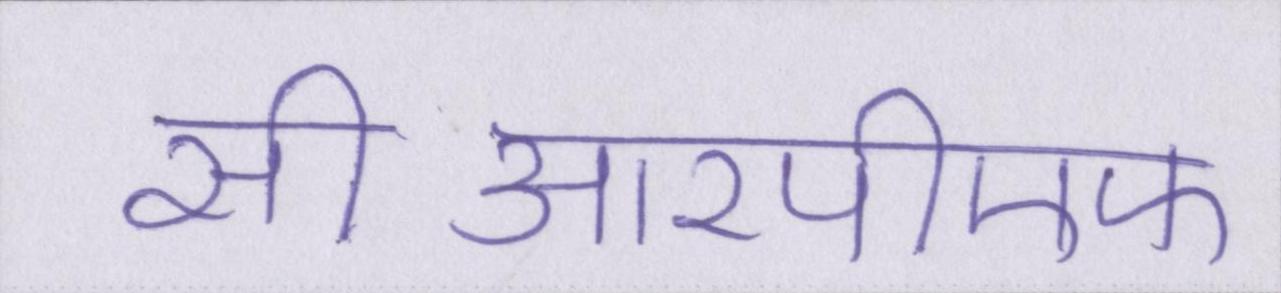
सीआरपीएफ